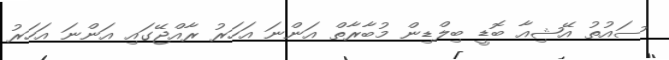
ސައުތު އޭޝިއާ ބޮޑީ ބިލްޑިން މުބާރާތް އަންނަ އަހަރު ރާއްޖޭގައި އަންނަ އަހަރު